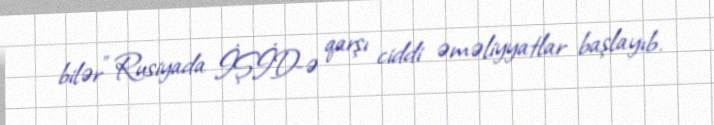
bilər” Rusiyada İŞİD-ə qarşı ciddi əməliyyatlar başlayıb.